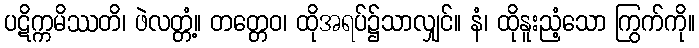
ပဋိက္ကမိဿတိ၊ ဖဲလတ္တံ့။ တတ္တေဝ၊ ထိုအရပ်၌သာလျှင်။ နံ၊ ထိုနူးညံ့သော ကြွက်ကို။